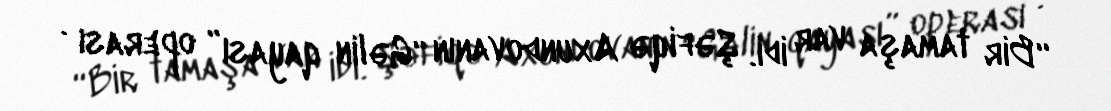
“Bir tamaşa var idi. Şəfiqə Axundovanın “Gəlin qayası” operası .